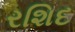
રશિદ